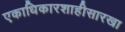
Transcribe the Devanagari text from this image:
एकाधिकारशाहीसारखा